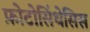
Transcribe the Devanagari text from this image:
फ़ोटोसिंथेसिस